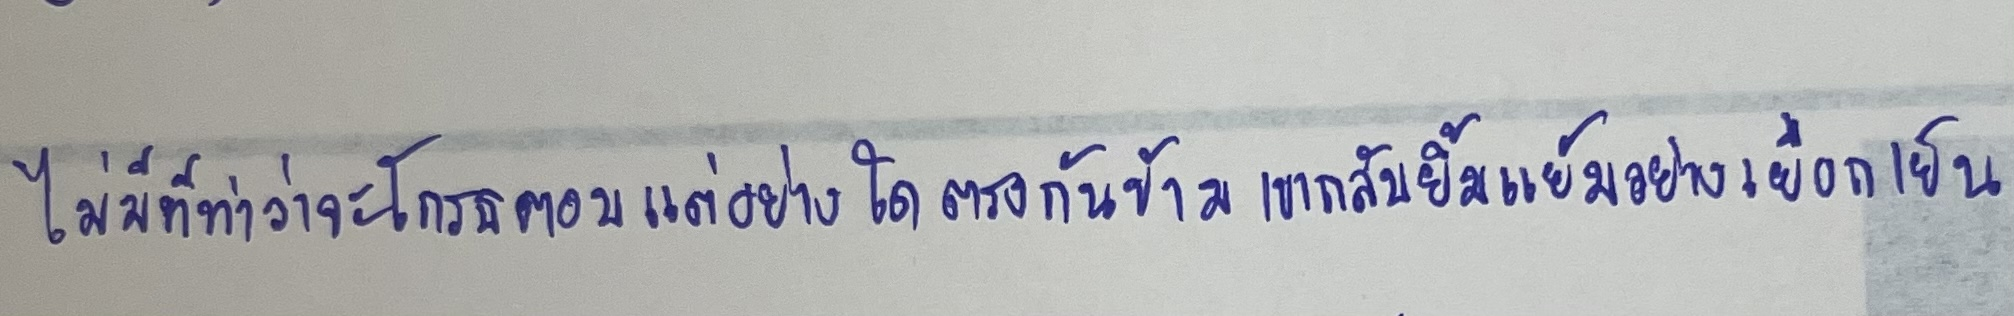
ไม่มีทีท่าว่าจะโกรธตอบแต่อย่างใดตรงกันข้ามเขากลับยิ้มอย่างเยือกเย็น